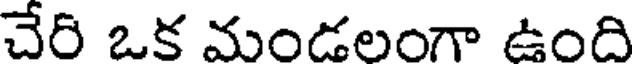
చేరి ఒక మండలంగా ఉంది